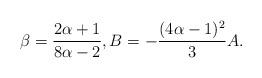
LaTeX: \begin{align*}\displaystyle\beta=\frac{2\alpha+1}{8\alpha-2},B=-\frac{(4\alpha-1)^2}{3}A.\end{align*}